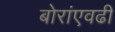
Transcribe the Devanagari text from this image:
बोरांएवढी